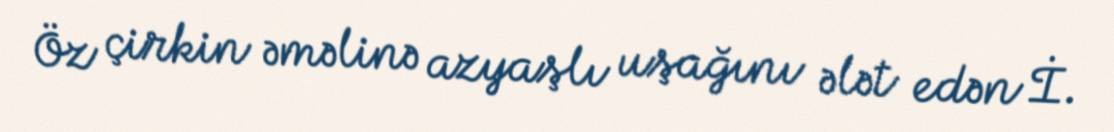
Öz çirkin əməlinə azyaşlı uşağını ələt edən İ.